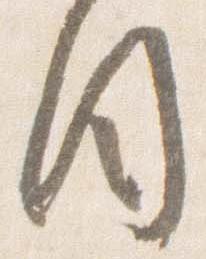
目